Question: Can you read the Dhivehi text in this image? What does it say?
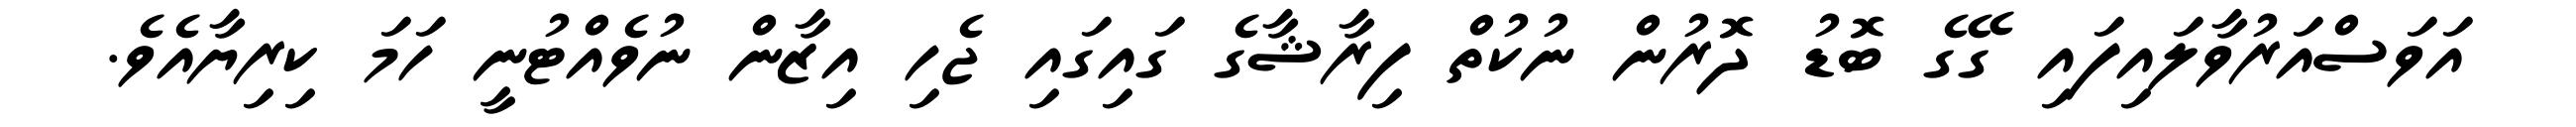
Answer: އަވަސްއަރުވާލައިފައި ގޭގެ ބޮޑު ދޮރުން ނުކުތް ފިރާޝާގެ ގައިގައި ޖެހި އިޒާން ނުވެއްޓުނީ ހަމަ ކިރިޔާއެވެ.